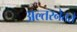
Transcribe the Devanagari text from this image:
अल्तरनेतरों